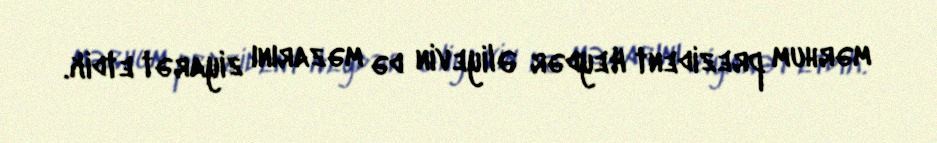
mərhum prezident Heydər Əliyevin də məzarını ziyarət etdik.